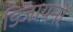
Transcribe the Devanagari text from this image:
डिजायनों